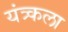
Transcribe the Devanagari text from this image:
यंत्र्कला